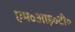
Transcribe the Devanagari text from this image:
एम॰आइ॰टी॰